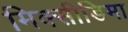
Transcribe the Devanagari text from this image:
मिक्सीडिमा